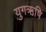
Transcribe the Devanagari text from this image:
युगऋषि